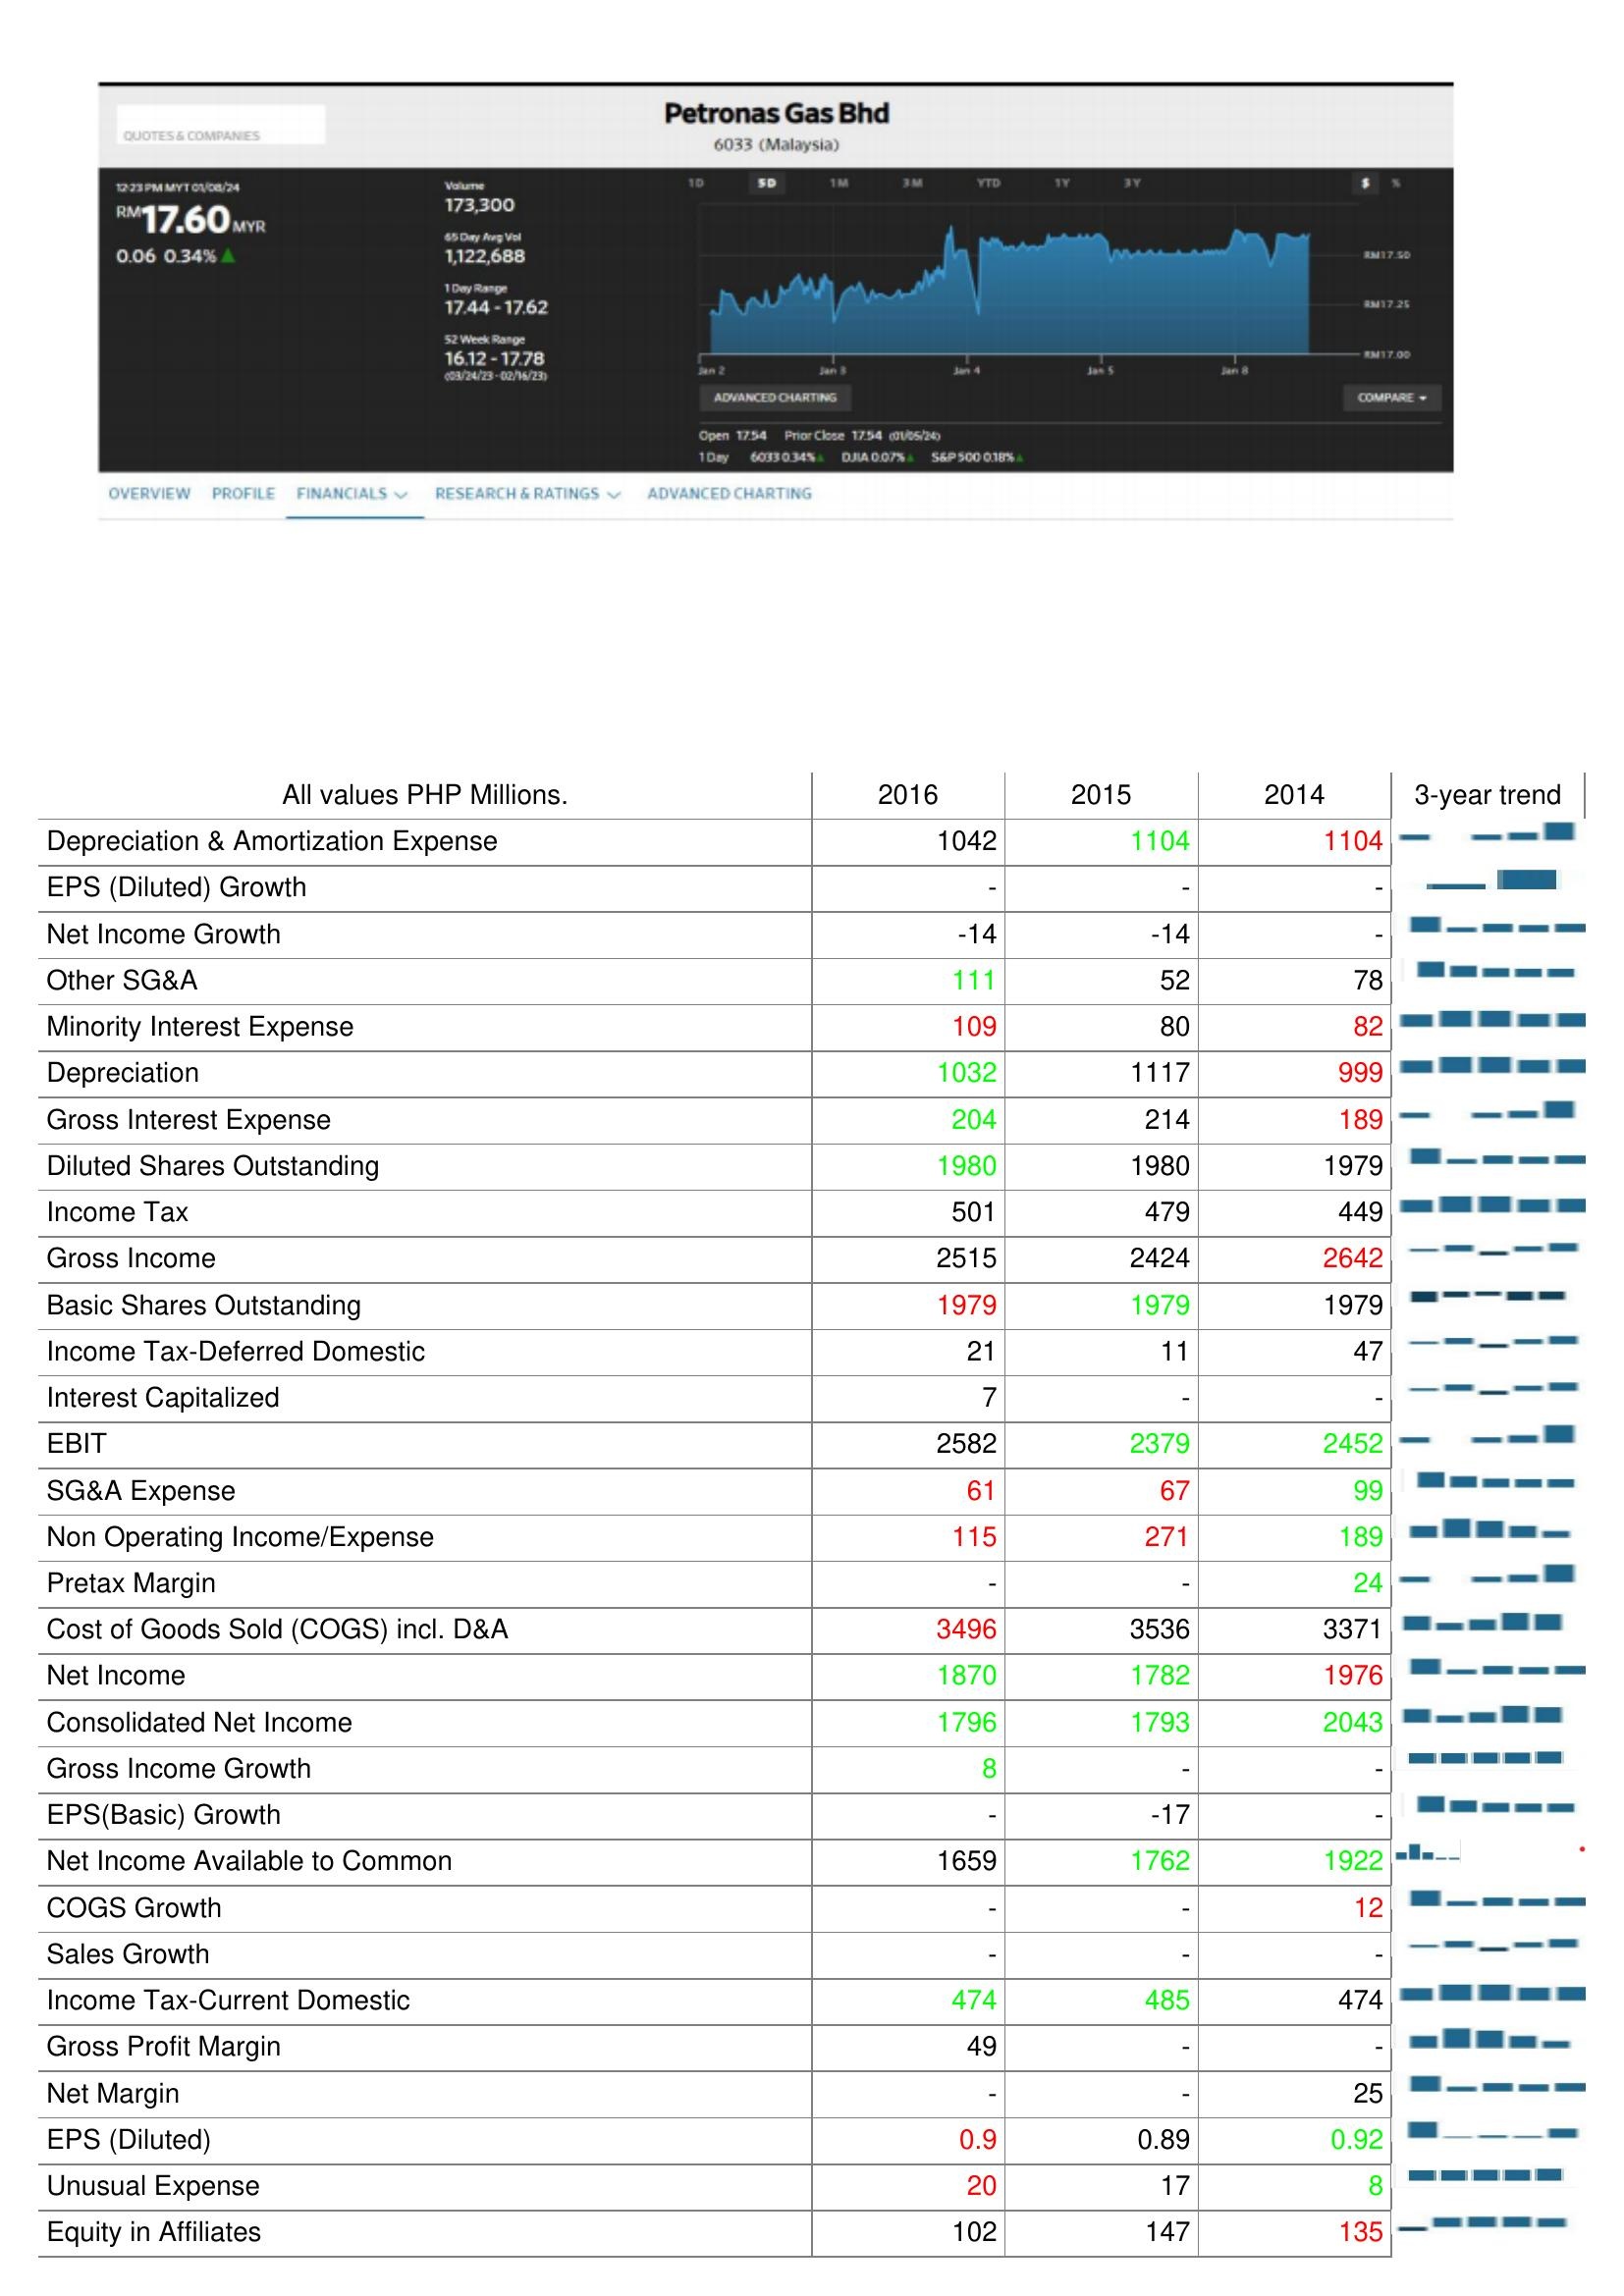
2016: : Depreciation & Amortization Expense: 1042
EPS (Diluted) Growth: -
Net Income Growth: -14
Other SG&A: 111
Minority Interest Expense: 109
Depreciation: 1032
Gross Interest Expense: 204
Diluted Shares Outstanding: 1980
Income Tax: 501
Gross Income: 2515
Basic Shares Outstanding: 1979
Income Tax-Deferred Domestic: 21
Interest Capitalized: 7
EBIT: 2582
SG&A Expense: 61
Non Operating Income/Expense: 115
Pretax Margin: -
Cost of Goods Sold (COGS) incl. D&A: 3496
Net Income: 1870
Consolidated Net Income: 1796
Gross Income Growth: 8
EPS(Basic) Growth: -
Net Income Available to Common: 1659
COGS Growth: -
Sales Growth: -
Income Tax-Current Domestic: 474
Gross Profit Margin: 49
Net Margin: -
EPS (Diluted): 0.9
Unusual Expense: 20
Equity in Affiliates: 102
2015: : Depreciation & Amortization Expense: 1104
EPS (Diluted) Growth: -
Net Income Growth: -14
Other SG&A: 52
Minority Interest Expense: 80
Depreciation: 1117
Gross Interest Expense: 214
Diluted Shares Outstanding: 1980
Income Tax: 479
Gross Income: 2424
Basic Shares Outstanding: 1979
Income Tax-Deferred Domestic: 11
Interest Capitalized: -
EBIT: 2379
SG&A Expense: 67
Non Operating Income/Expense: 271
Pretax Margin: -
Cost of Goods Sold (COGS) incl. D&A: 3536
Net Income: 1782
Consolidated Net Income: 1793
Gross Income Growth: -
EPS(Basic) Growth: -17
Net Income Available to Common: 1762
COGS Growth: -
Sales Growth: -
Income Tax-Current Domestic: 485
Gross Profit Margin: -
Net Margin: -
EPS (Diluted): 0.89
Unusual Expense: 17
Equity in Affiliates: 147
2014: : Depreciation & Amortization Expense: 1104
EPS (Diluted) Growth: -
Net Income Growth: -
Other SG&A: 78
Minority Interest Expense: 82
Depreciation: 999
Gross Interest Expense: 189
Diluted Shares Outstanding: 1979
Income Tax: 449
Gross Income: 2642
Basic Shares Outstanding: 1979
Income Tax-Deferred Domestic: 47
Interest Capitalized: -
EBIT: 2452
SG&A Expense: 99
Non Operating Income/Expense: 189
Pretax Margin: 24
Cost of Goods Sold (COGS) incl. D&A: 3371
Net Income: 1976
Consolidated Net Income: 2043
Gross Income Growth: -
EPS(Basic) Growth: -
Net Income Available to Common: 1922
COGS Growth: 12
Sales Growth: -
Income Tax-Current Domestic: 474
Gross Profit Margin: -
Net Margin: 25
EPS (Diluted): 0.92
Unusual Expense: 8
Equity in Affiliates: 135